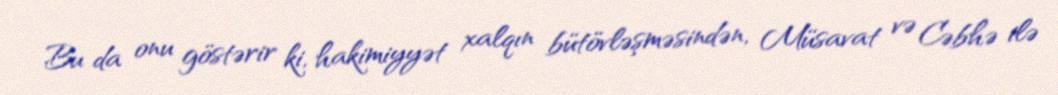
Bu da onu göstərir ki, hakimiyyət xalqın bütövləşməsindən, Müsavat və Cəbhə ilə